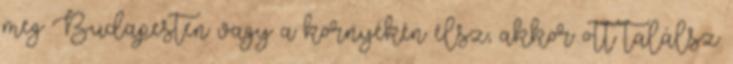
meg Budapesten vagy a környékén élsz, akkor ott találsz